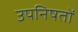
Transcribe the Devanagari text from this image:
उपनिषतों